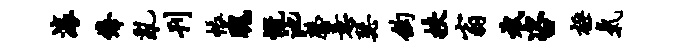
滚俸乱刊帐瑰慨池罄意瑟钩挟翁斌咨极气